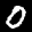
Label: 0